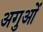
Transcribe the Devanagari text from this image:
अगुओं